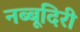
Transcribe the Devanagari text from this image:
नब्‍बूदिरी